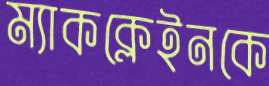
ম্যাকক্লেইনকে